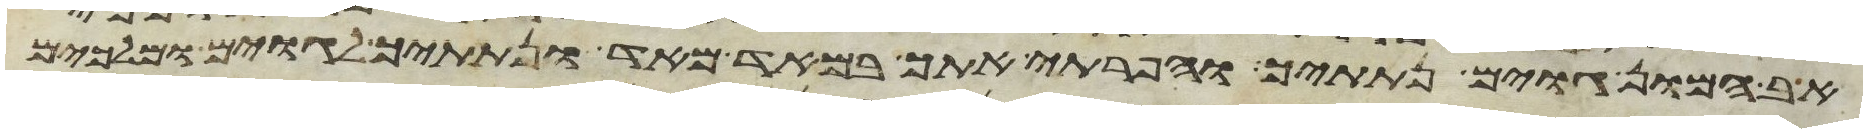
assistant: אב המון גוים נתתיך והפריתי אתך במאד מאד ונתתיך לגוים ומלכים